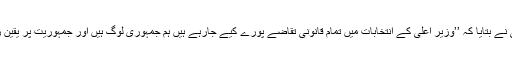
سراج درانی نے بتایا کہ ’’وزیر اعلیٰ کے انتخابات میں تمام قانونی تقاضے پورے کیے جارہے ہیں ہم جمہوری لوگ ہیں اور جمہوریت پر یقین رکھتے ہیں۔